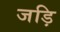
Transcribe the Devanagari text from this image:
जड़ि